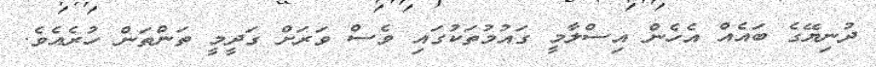
ދުނިޔޭގެ ބައެއް އެހެން އިސްލާމީ ގައުމުތަކުގައި ވެސް ވަރަށް ގަދީމީ ތަންތަން ހުރެއެވެ.